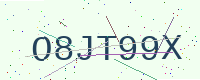
Text: O8JT99X